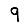
Digit: 9